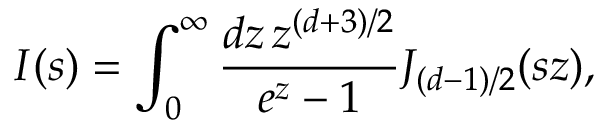
I ( s ) = \int _ { 0 } ^ { \infty } { \frac { d z \, z ^ { ( d + 3 ) / 2 } } { e ^ { z } - 1 } } J _ { ( d - 1 ) / 2 } ( s z ) ,